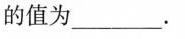
的值为___.